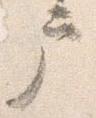
戸